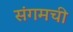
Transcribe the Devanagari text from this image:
संगमची